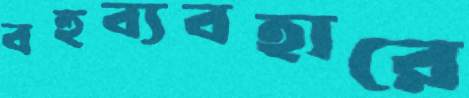
বহুব্যবহারে